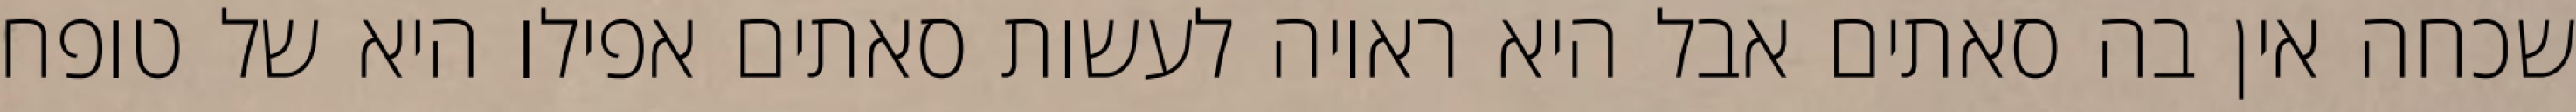
שכחה אין בה סאתים אבל היא ראויה לעשות סאתים אפילו היא של טופח